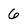
Character: 6